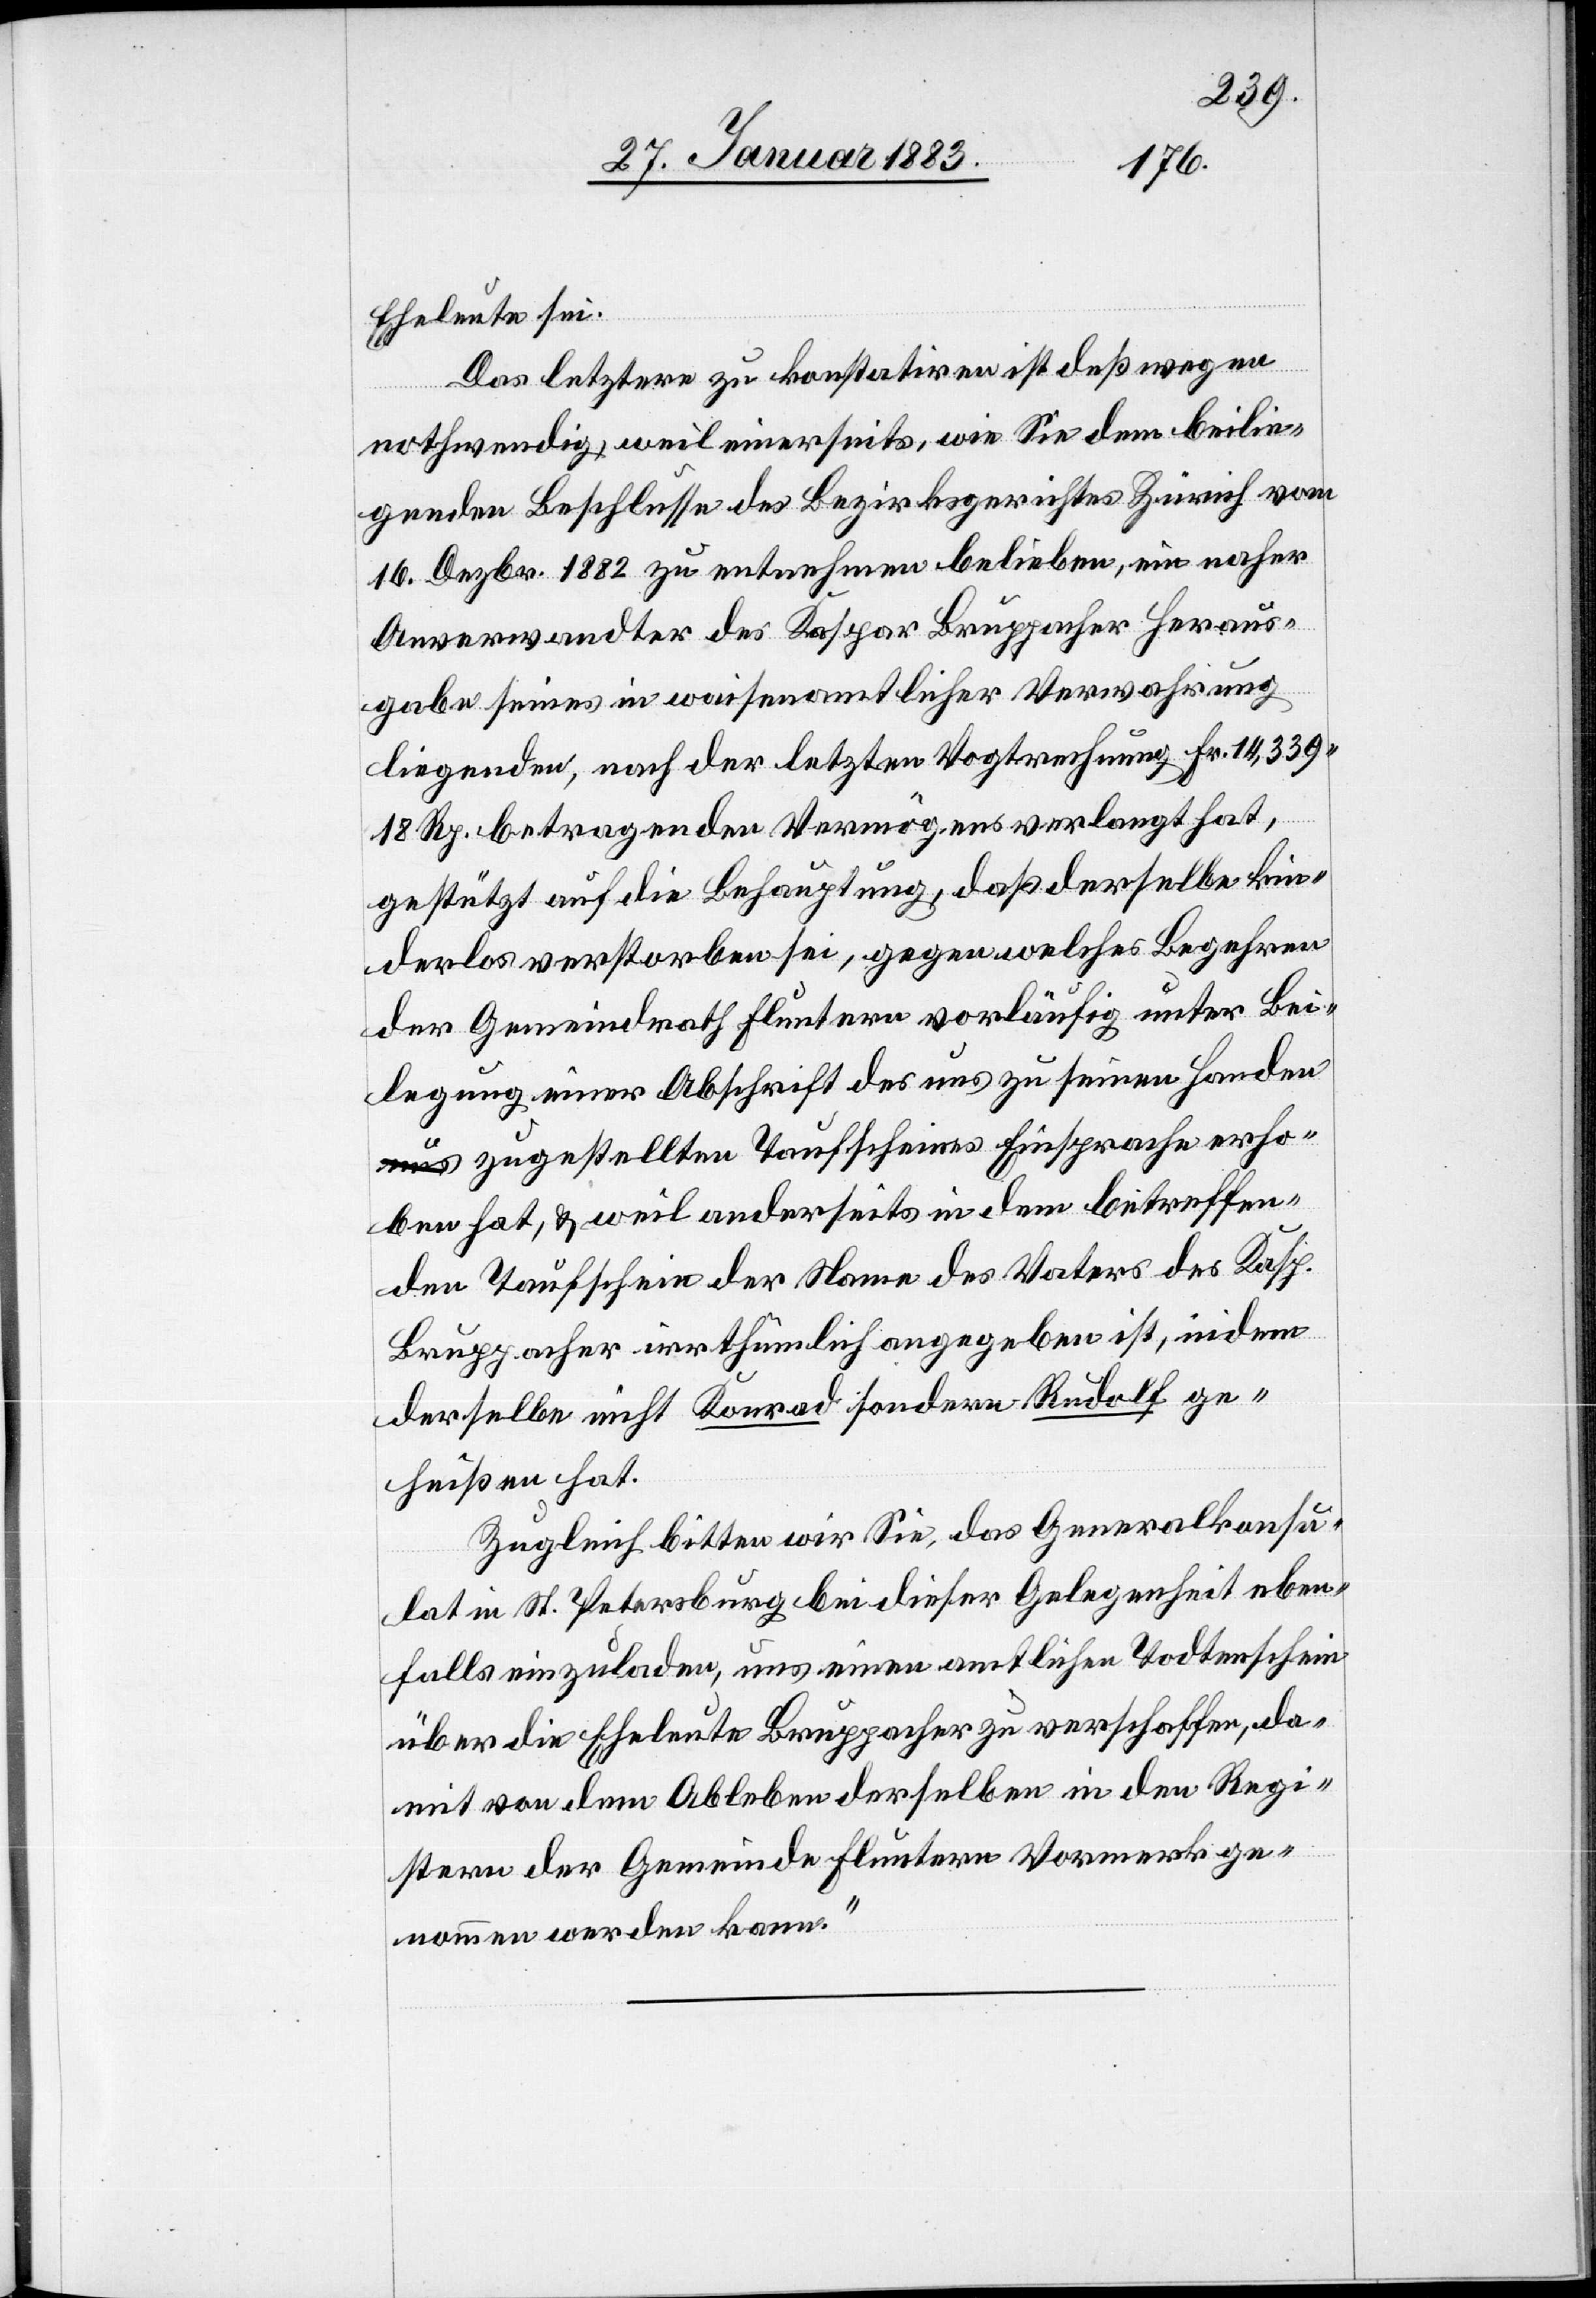
Eheleute sei.
Das letztere zu konstatiren ist deßwegen
nothwendig, weil einerseits, wie Sie dem beili¬
genden Beschlusse des Bezirksgerichtes Zürich vom
16. Dezbr. 1882 zu entnehmen belieben, ein naher
Anverwandter des Kaspar Bruppacher Heraus¬
gabe seines in waisenamtlicher Verwahrung
liegenden, nach der letzten Vogtrechnung Fr. 14,339
18 Rp. betragenden Vermögens verlangt hat,
gestützt auf die Behauptung, daß derselbe kin¬
derlos verstorben sei, gegen welches Begehren
der Gemeindrath Fluntern vorläufig unter Bei¬
legung einer Abschrift des uns zu seinen Handen
zugestellten Taufscheines Einsprache erho¬
ben hat, & weil anderseits in dem betreffen¬
den Taufschein der Name des Vaters des Kasp.
Bruppacher irrthümlich angegeben ist, indem
derselbe nicht Konrad sondern Rudolf ge¬
heißen hat.
Zugleich bitten wir Sie, das Generalkonsu¬
lat in St. Petersburg bei dieser Gelegenheit eben¬
falls einzuladen, uns einen amtlichen Todtenschein
über die Eheleute Bruppacher zu verschaffen, da¬
mit von dem Ableben derselben in den Regi¬
stern der Gemeinde Fluntern Vormerk ge¬
nommen werden kann.“